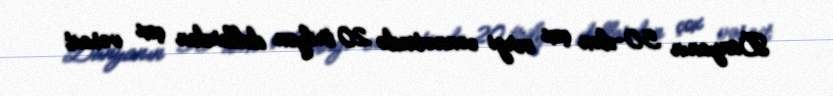
Dünyanın 50-dən çox vergi cənnətində 20 trilyon dollardan çox vəsait